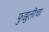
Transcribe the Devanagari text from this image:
फुझुलीचा